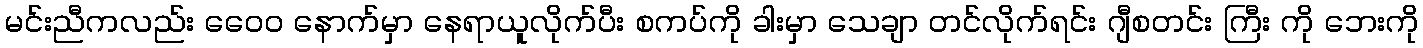
မင်းညီကလည်း ဝေေ၀ နောက်မှာ နေရာယူလိုက်ပီး စကပ်ကို ခါးမှာ သေချာ တင်လိုက်ရင်း ဂျီစတင်း ကြီး ကို ဘေးကို